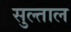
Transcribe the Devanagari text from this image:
सुल्ताल